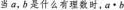
当a，b是什么有理数时，a▪b